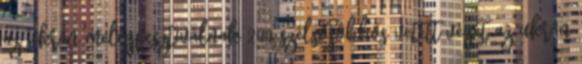
az ukrán melegfesztiválnak 200 szélsőjobbos vetett véget az ukrán